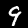
Label: 9